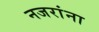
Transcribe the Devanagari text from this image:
नजरांना